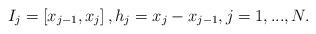
LaTeX: \begin{align*}I_{j}=\left[ x_{j-1},x_{j}\right] ,h_{j}=x_{j}-x_{j-1},j=1,...,N.\end{align*}